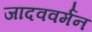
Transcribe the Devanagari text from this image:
जादववर्मन